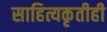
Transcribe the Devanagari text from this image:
साहित्यकृतीही